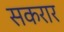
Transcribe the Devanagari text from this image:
सकरार